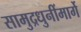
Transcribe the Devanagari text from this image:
सामुद्रधुनींमार्गे